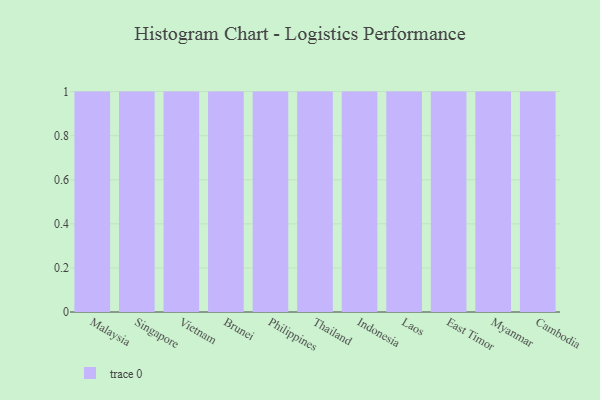
{"axis": {"x": "Country", "y": "Page Views"}, "legend": [""], "data": [{"x": "Malaysia", "y": 9, "type": ""}, {"x": "Singapore", "y": 86, "type": ""}, {"x": "Vietnam", "y": 28, "type": ""}, {"x": "Brunei", "y": 20, "type": ""}, {"x": "Philippines", "y": 88, "type": ""}, {"x": "Thailand", "y": 70, "type": ""}, {"x": "Indonesia", "y": 20, "type": ""}, {"x": "Laos", "y": 29, "type": ""}, {"x": "East Timor", "y": 42, "type": ""}, {"x": "Myanmar", "y": 91, "type": ""}, {"x": "Cambodia", "y": 51, "type": ""}]}